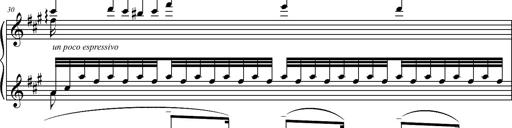
Title: 2 LÃ©gendes
Composer: Franz Liszt